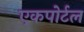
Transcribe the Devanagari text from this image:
एकपोर्टल